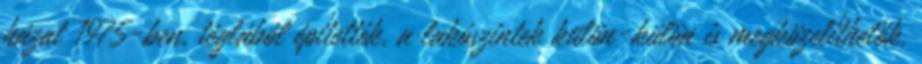
házat 1975-ben, téglából építették, a lakószintek külön-külön is megközelíthetők.